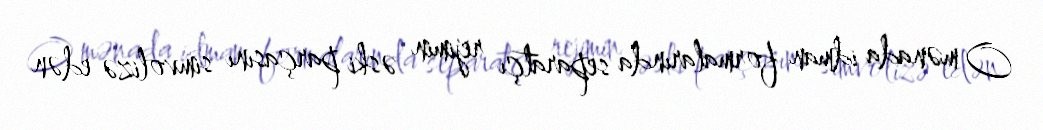
O mənada idman formalarında separatçı rejimin əski parçasını simvolizə edən